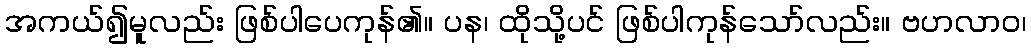
အကယ်၍မူလည်း ဖြစ်ပါပေကုန်၏။ ပန၊ ထိုသို့ပင် ဖြစ်ပါကုန်သော်လည်း။ ဗဟလာဝ၊